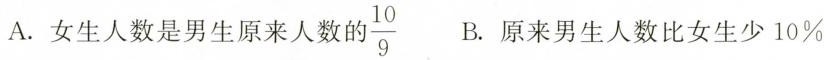
A.女生人数是男生原来人数的 \frac{10}{9} B.原来男生人数比女生少10%